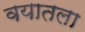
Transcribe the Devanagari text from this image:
वयातला